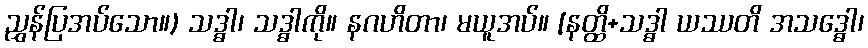
ညွှန်ပြအပ်သော။) သဒ္ဓါ၊ သဒ္ဓါကို။ နဂဟိတာ၊ မယူအပ်။ [နတ္ထိ+သဒ္ဓါ ယဿတိ အသဒ္ဓေါ၊